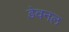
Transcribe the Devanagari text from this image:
डेवनल